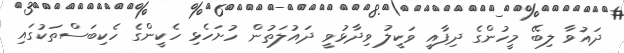
ދައުވާ ލިބޭ މީހުންގެ ދިފާއީ ވަކީލު ވިދާޅުވީ ދައުލަތުން ހުށަހެޅި ހެކީންގެ ހެކިބަސްތަކުގައި